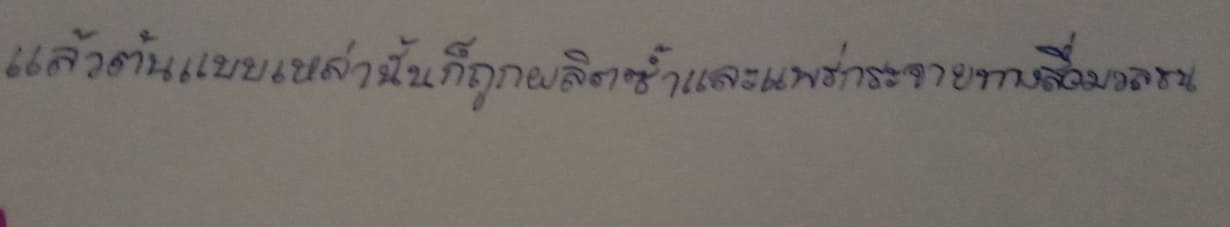
แล้วต้นแบบเหล่านั้นก็ถูกผลิตซ้ำและแพร่กระจายมาทางสื่อมวลชน